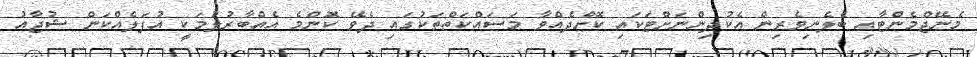
މެނޭޖްމެންޓާއި ބެލެނިވެރިން އެކުދިންނަށްޓަކައި ކޮށްދެއްވާ މަސައްކަތްތަކުގައި ދެވޭ ކޮންމެ އެއްބާރުލުމަކީ އުފަލެއްކަން ޝުޖާއު